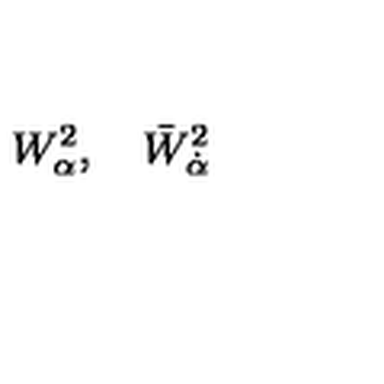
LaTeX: W _ { \alpha } ^ { 2 } , \quad \bar { W } _ { \dot { \alpha } } ^ { 2 }